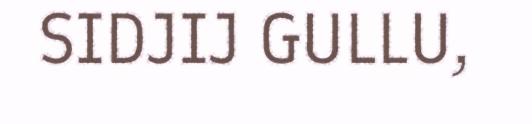
SIDJIJ GULLU,